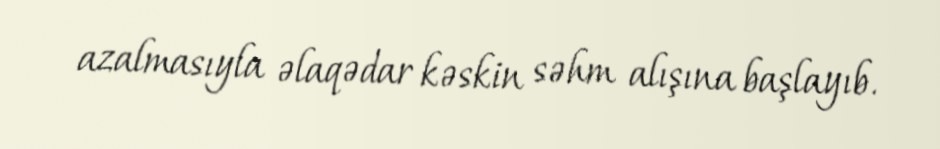
azalmasıyla əlaqədar kəskin səhm alışına başlayıb.